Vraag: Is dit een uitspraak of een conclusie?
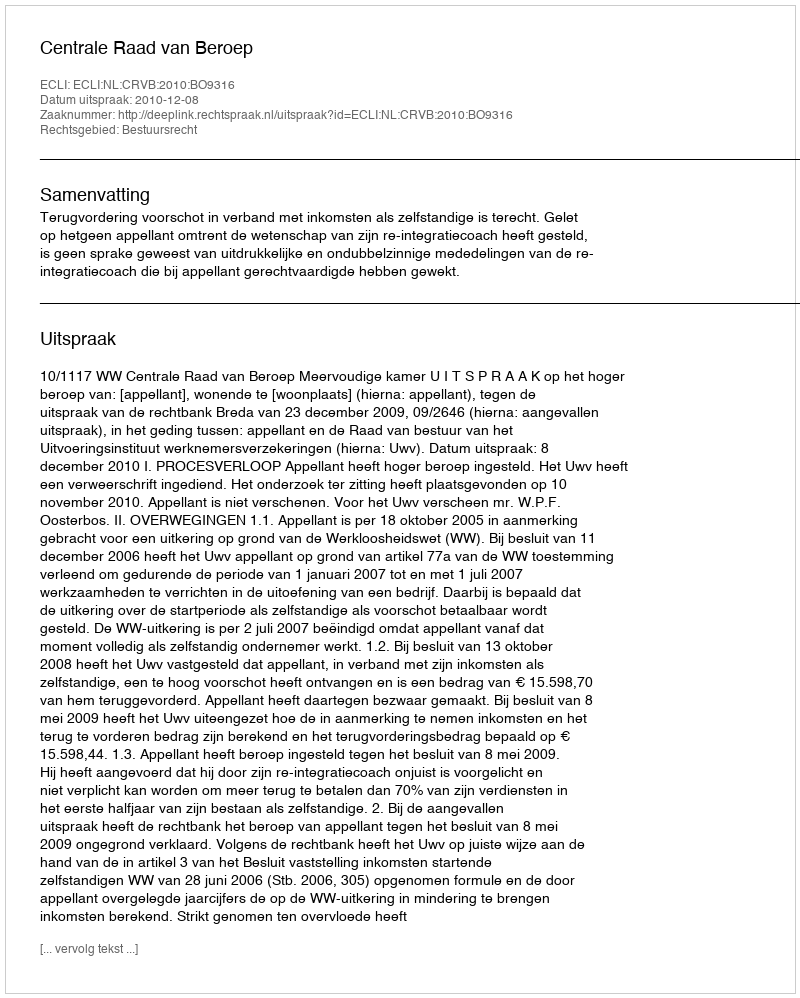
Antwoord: Uitspraak